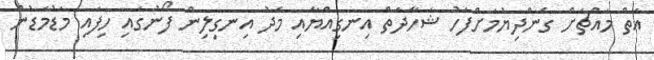
އަތް މައްޗަށް ގެންދިޔުމަށްފަހު ޝަހާދަތް އިނގިއްޔާއި މެދު އިނގިލިން ފޯނުގައި ހިފައި މަޑުމަޑުން